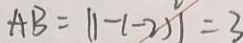
A B = \vert 1 - ( - 2 ) \vert = 3